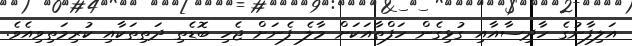
އަލިފާނުގެ ހާދިސާއާއި ގުޅިގެން ހަފްތާއަކަށް މާލެ ފެނަށް ޖެހި ބޮޑެތި ދަތިތަކާއި ކުރިމަތިވިއެވެ.